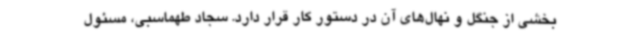
بخشی از جنگل و نهال‌های آن در دستور کار قرار دارد. سجاد طهماسبی، مسئول